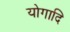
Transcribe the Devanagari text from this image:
योगादि